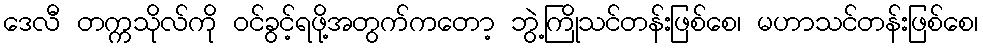
ဒေလီ တက္ကသိုလ်ကို ဝင်ခွင့်ရဖို့အတွက်ကတော့ ဘွဲ့ကြိုသင်တန်းဖြစ်စေ၊ မဟာသင်တန်းဖြစ်စေ၊